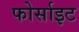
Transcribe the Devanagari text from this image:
फोर्साइट